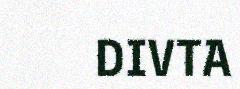
DIVTA